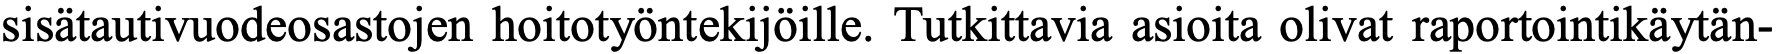
sisätautivuodeosastojen hoitotyöntekijöille. Tutkittavia asioita olivat raportointikäytän-